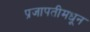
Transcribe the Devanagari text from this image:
प्रजापतीमधून